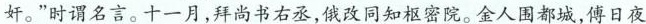
奸。”时谓名言。十一月，拜尚书右丞，俄改同知枢密院。金人围都城，傅日夜